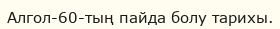
Алгол-60-тың пайда болу тарихы.